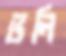
ভলি